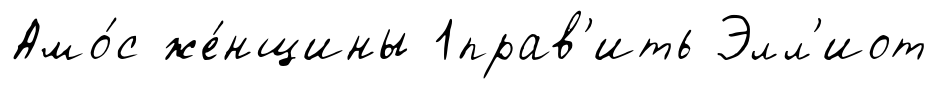
Амо́с же́нщины 1прав'ить Элл'иот